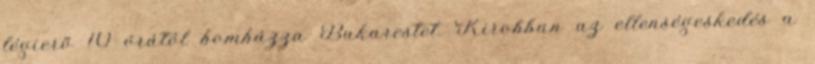
légierõ 10 órától bombázza Bukarestet. Kirobban az ellenségeskedés a